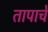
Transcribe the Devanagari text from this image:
तापाचे